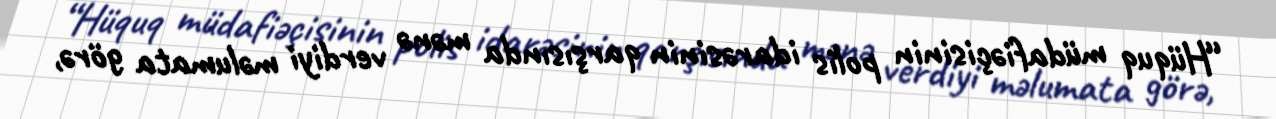
“Hüquq müdafiəçisinin polis idarəsinin qarşısında mənə verdiyi məlumata görə,